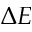
\Delta E